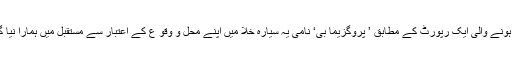
سی این این میں شائع ہونے والی ایک رپورٹ کے مطابق ’ پروگزیما بی‘ نامی یہ سیارہ خلا میں اپنے محل و وقو ع کے اعتبار سے مستقبل میں ہمارا نیا گھر ثابت ہوسکتا ہے۔